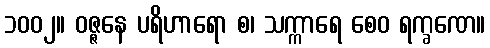
၁၀၀၂။ ဝဇ္ဇနေ ပရိဟာရော စ၊ သက္ကာရေ စေဝ ရက္ခဏေ။